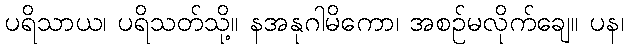
ပရိသာယ၊ ပရိသတ်သို့။ နအနုဂါမိကော၊ အစဉ်မလိုက်ချေ။ ပန၊